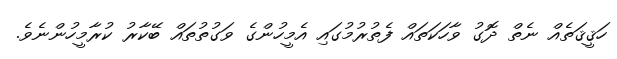
ހަޤީޤަތެއް ނެތް ދޮގު ވާހަކަތައް ފެތުރުމުގައި އެމީހުންގެ ވަގުތުތައް ބޭކާރު ކުރާމީހުންނެވެ.